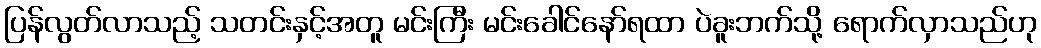
ပြန်လွတ်လာသည့် သတင်းနှင့်အတူ မင်းကြီး မင်းခေါင်နော်ရထာ ပဲခူးဘက်သို့ ရောက်လှာသည်ဟု